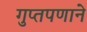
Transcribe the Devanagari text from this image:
गुप्तपणाने